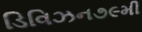
ડિવિઝન૭૯મી